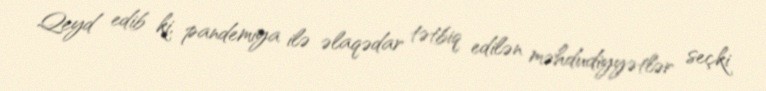
Qeyd edib ki, pandemiya ilə əlaqədar tətbiq edilən məhdudiyyətlər seçki